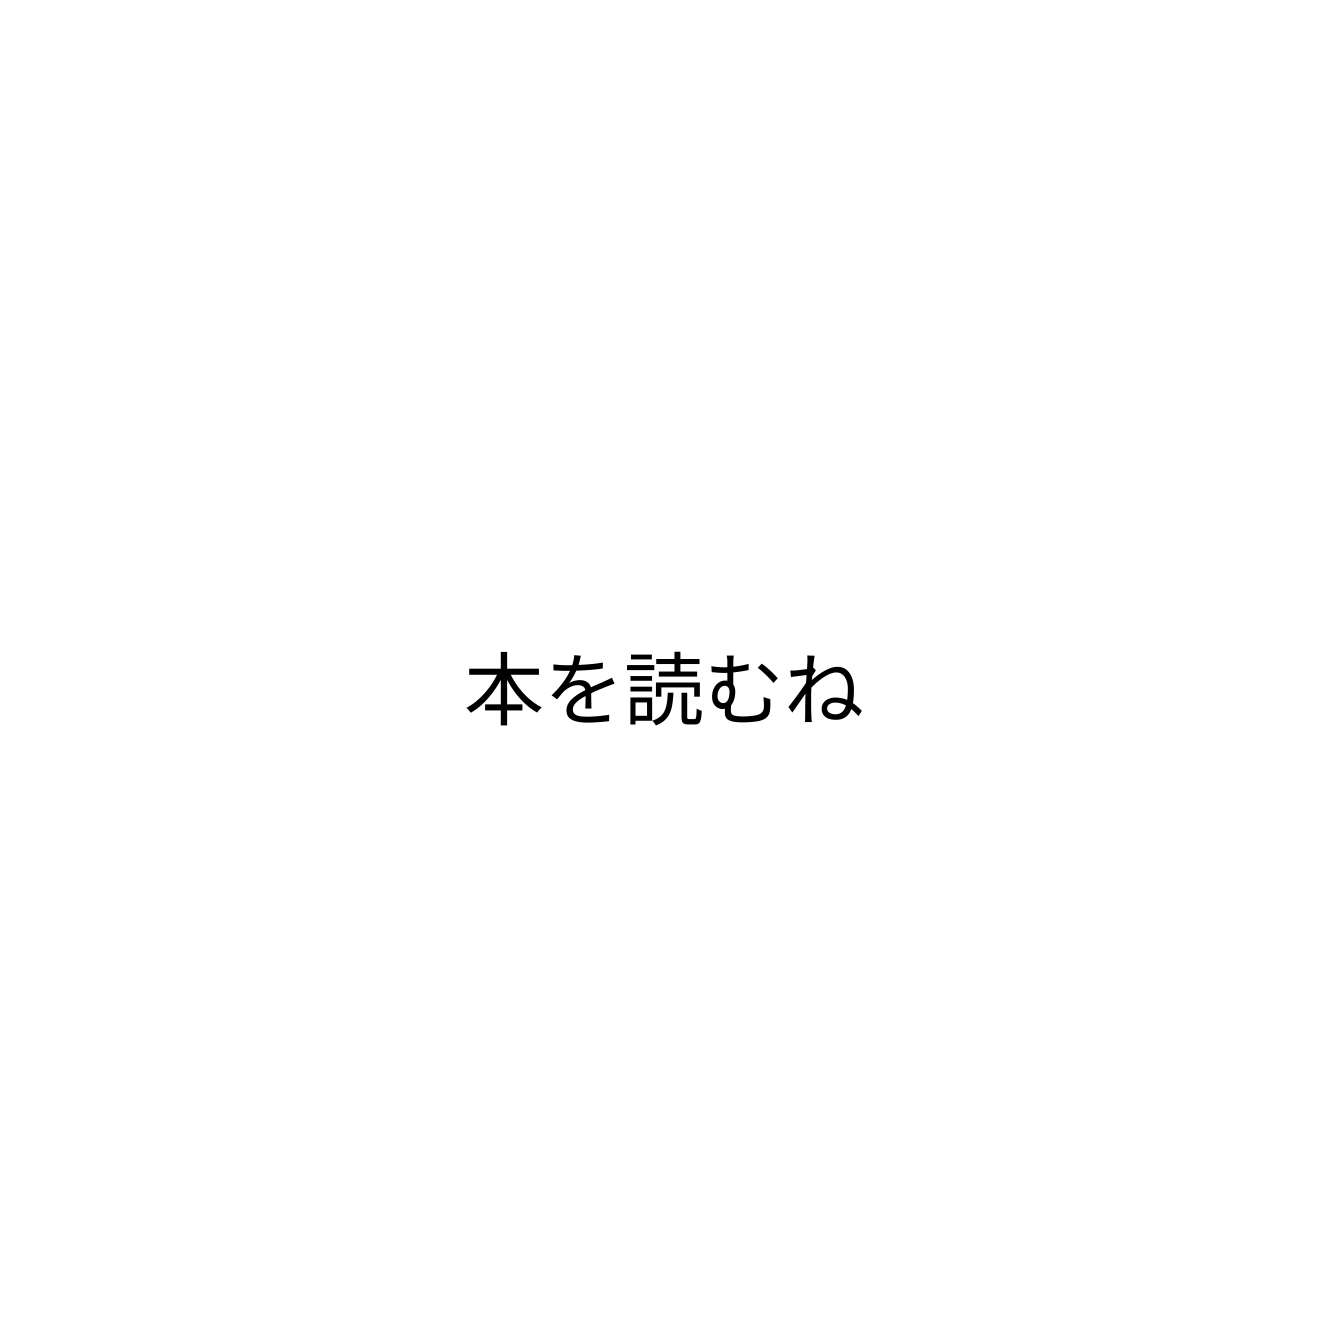
本を読むね